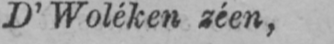
D’Woléken zéen,